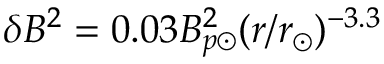
\delta B ^ { 2 } = 0 . 0 3 B _ { p \odot } ^ { 2 } ( r / r _ { \odot } ) ^ { - 3 . 3 }